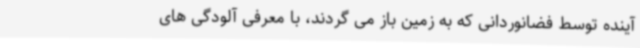
آینده توسط فضانوردانی که به زمین باز می گردند، با معرفی آلودگی های